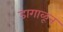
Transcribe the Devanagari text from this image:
डागाळून